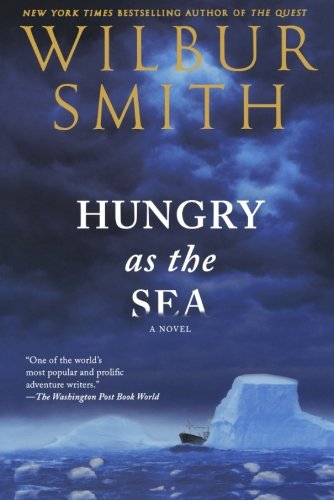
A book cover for Hungry as the Sea; Wilbur Smith; Literature & Fiction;